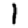
Digit: 1